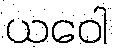
ယဝေါ